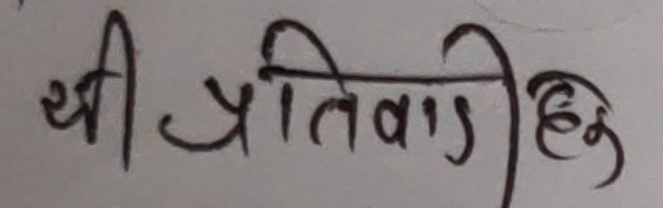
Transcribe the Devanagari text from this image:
श्री प्रितिवाडी हेमु